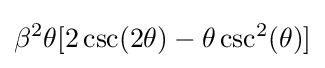
\beta ^{2}\theta [2\csc(2\theta )-\theta \csc ^{2}(\theta )]